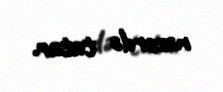
nəzərdə tutur.